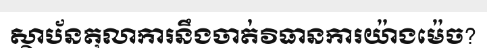
ស្ថាប័នតុលាការនឹងចាត់វិធានការយ៉ាងម៉េច?